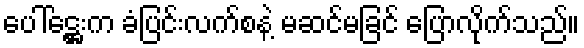
ပေါ်ဋ္ဌေးက ခံပြင်းလက်စနဲ့ မဆင်မခြင် ပြောလိုက်သည်။